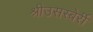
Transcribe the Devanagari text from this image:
श्रीउसस्बेर्री